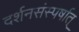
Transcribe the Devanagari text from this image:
दर्शनसंस्पर्षात्